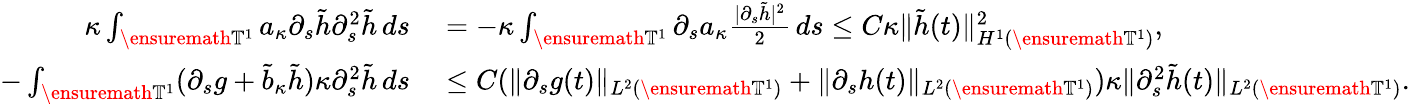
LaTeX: \begin{array}{rl}{\kappa\int_{\ensuremath{\mathbb{T}}^{1}}a_{\kappa}\partial_{s}\tilde{h}\partial_{s}^{2}\tilde{h}\, ds}&{{}=-\kappa\int_{\ensuremath{\mathbb{T}}^{1}}\partial_{s}a_{\kappa}\frac{|\partial_{s}\tilde{h}|^{2}}2\, ds\leq C\kappa\| \tilde{h}(t)\| _{H^{1}(\ensuremath{\mathbb{T}}^{1})}^{2},}\\ {-\int_{\ensuremath{\mathbb{T}}^{1}}(\partial_{s}g+\tilde{b}_{\kappa}\tilde{h})\kappa\partial_{s}^{2}\tilde{h}\, ds}&{{}\leq C(\| \partial_{s}g(t)\| _{L^{2}(\ensuremath{\mathbb{T}}^{1})}+\| \partial_{s}h(t)\| _{L^{2}(\ensuremath{\mathbb{T}}^{1})})\kappa\| \partial_{s}^{2}\tilde{h}(t)\| _{L^{2}(\ensuremath{\mathbb{T}}^{1})}.}\end{array}